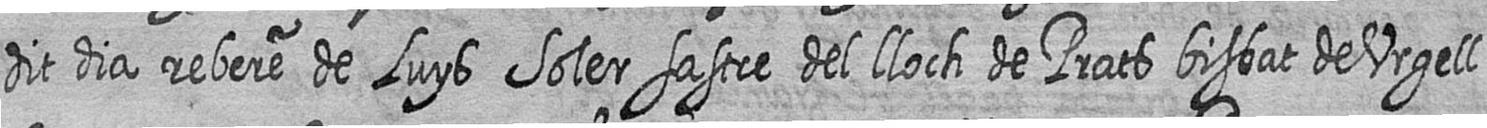
dit dia rebere de Luys Soler sastre del lloch de Prats bisbat de Urgell